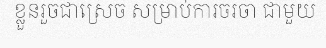
ខ្លួនរួចជាស្រេច សម្រាប់ការចរចា ជាមួយ